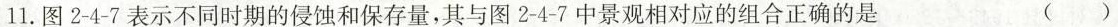
2.下列与丹霞地貌成因相似的是